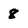
Character: 8